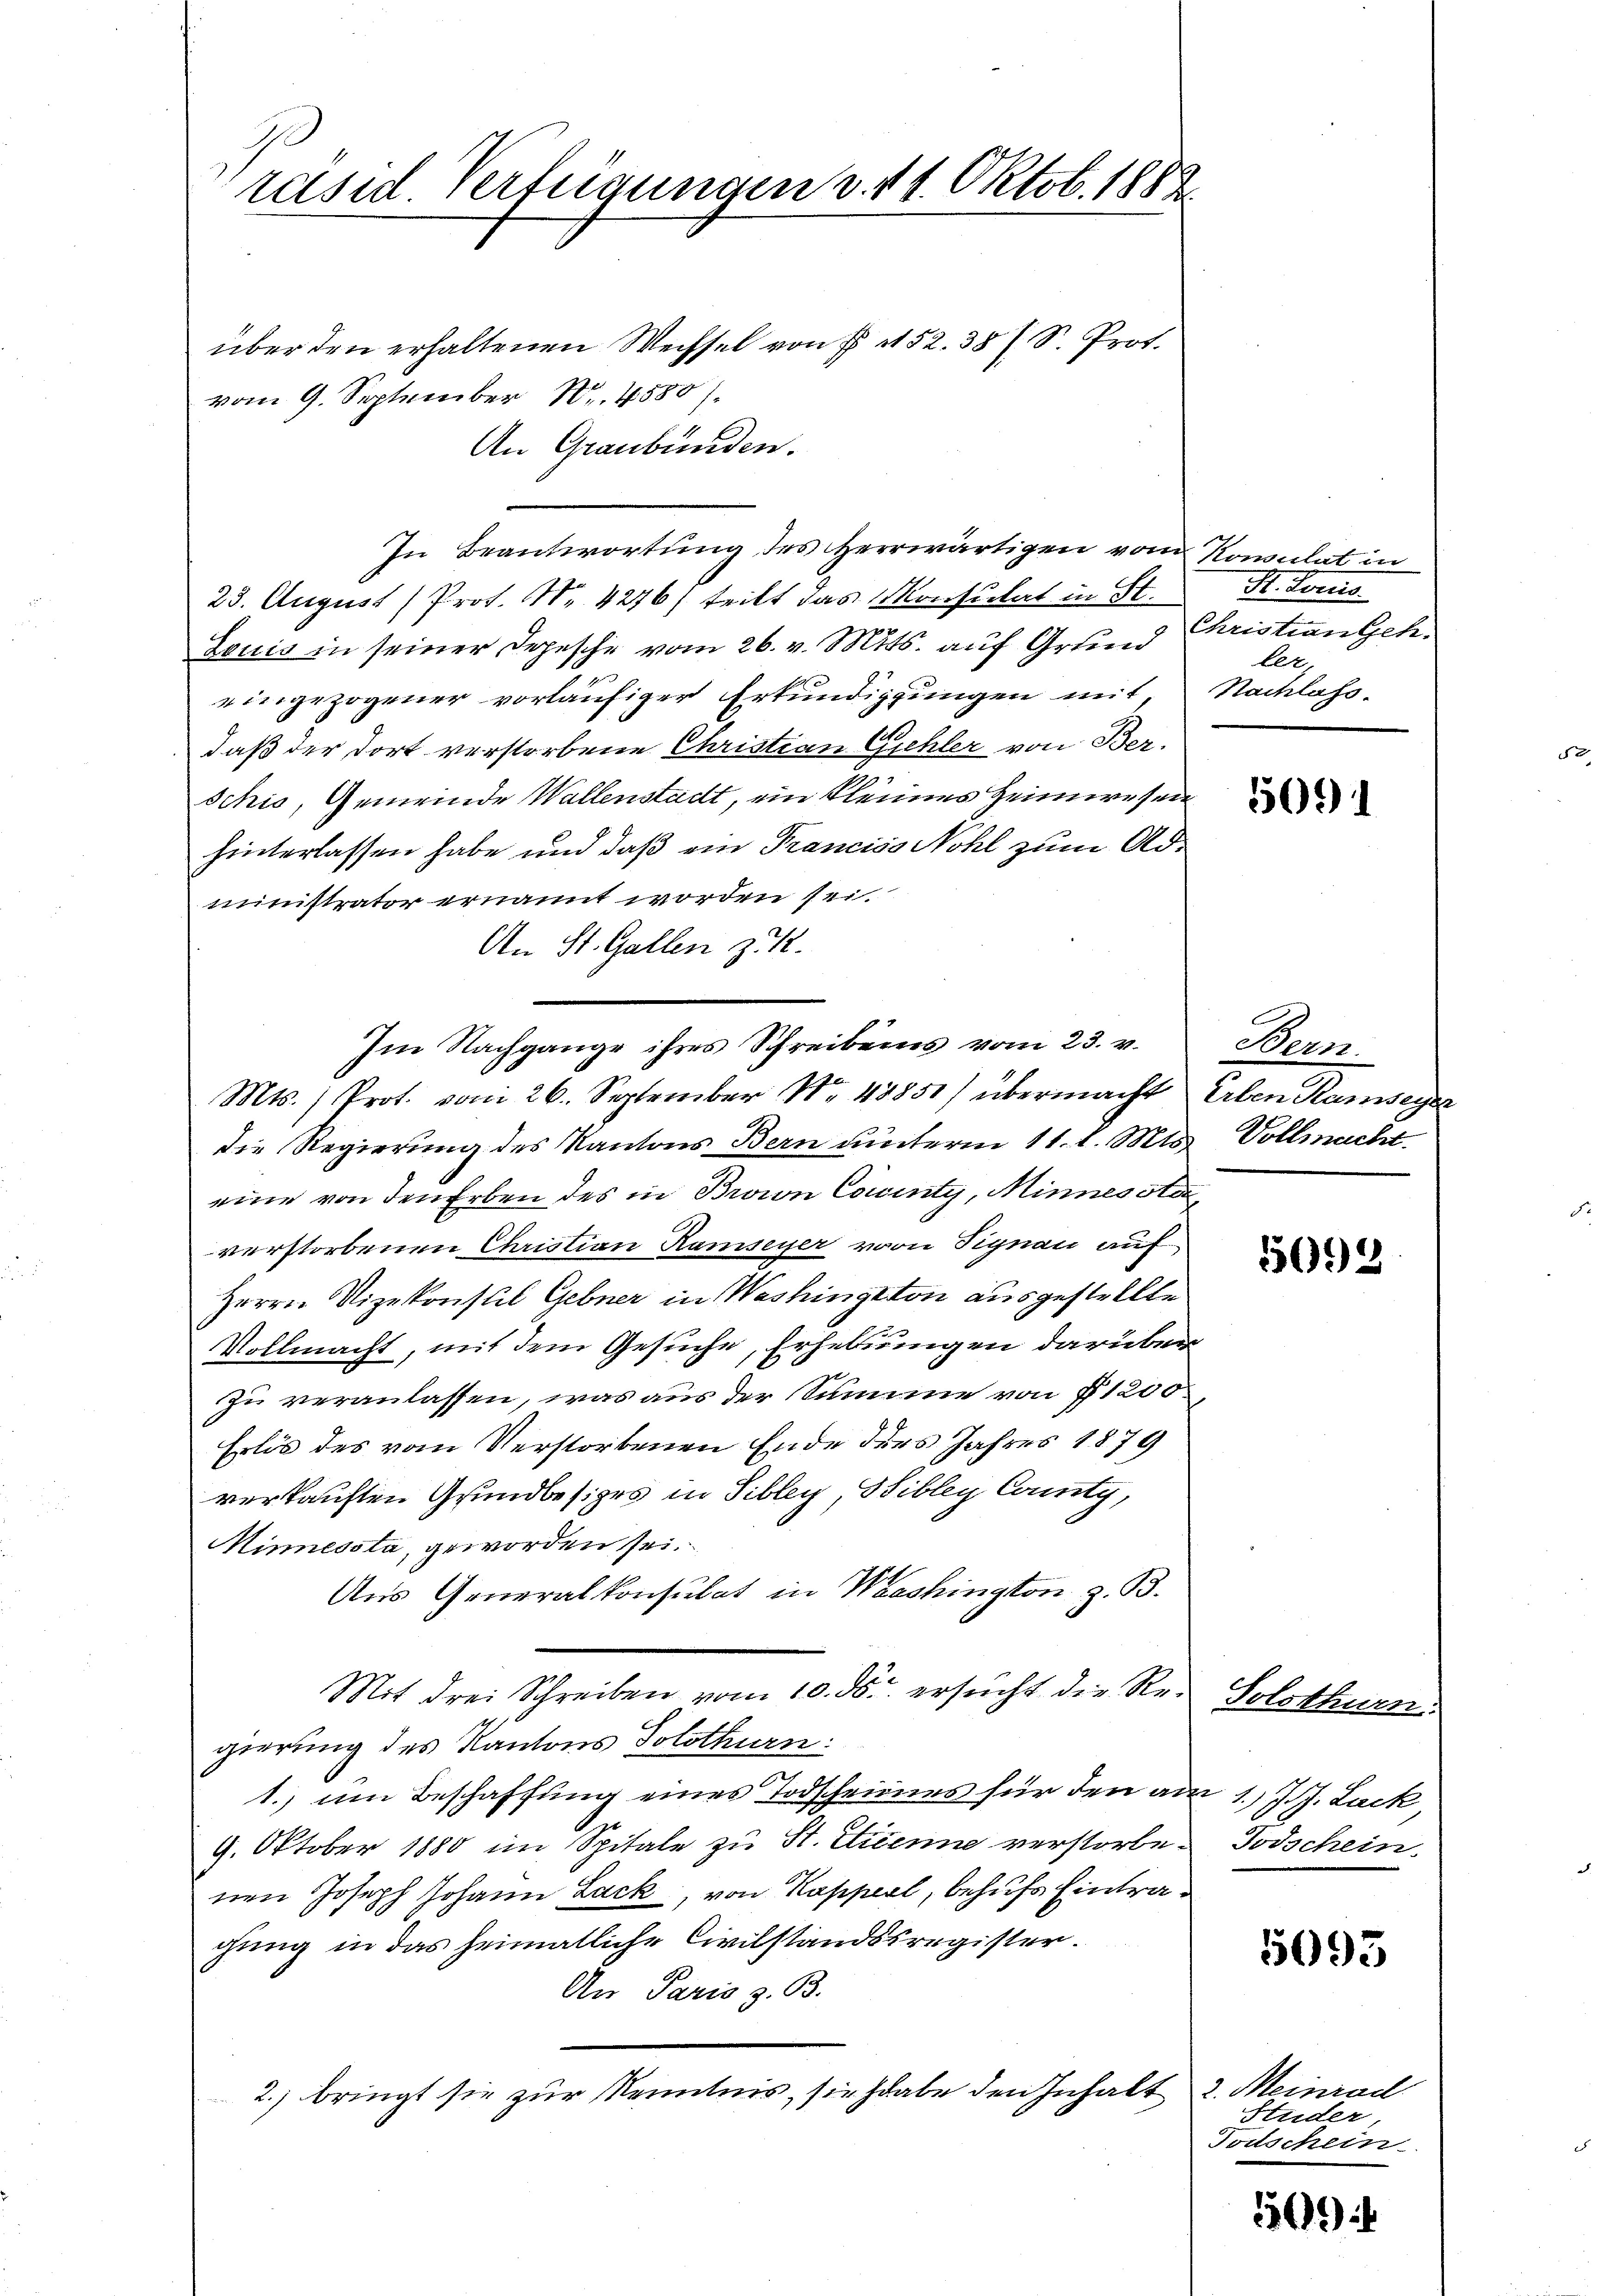
rasil. Verfügungen v. 14. Oktob. 1883.

über den erhaltenen Wechsel von P. 152. 387 S. Prot.
vom 9. September Nr. 4580).
An Graubünden.
23. August Prot. Nr. 4276) teilt das Konsulat in St.
Louis in seiner Depesche vom 26. v. Mts. auf Grund Christian Geh
eingezogener vorläufiger Erkundigungen mit, Nachlass-
daß der dort verstorbene Christian Gehler von Ber-
schio, Gemeinde Wallenstadt, ein kleines Heimwesen
hinterlassen habe und daß ein Franciso Nohl zum Administrator ernannt worden sei.
An St. Gallen z.
Mts. ) Prot. vom 26. September Nr 48851) übermacht Erben Ramseger
die Regierung des Kantons Bern unterm 11. l. Mts.
eine von den Erben des in Braion County, Minnesstaverstorbenen Christian Ramseyer von Signau auf
Herrn Vizekonstil Gebner in Washington ausgestellte
Vollmacht, mit dem Gesuche, Erhebungen darüber
zu veranlassen, was aus der Summe von § 1200
Erlös des vom Verstorbenen Ende ders Jahres 1879
verkauften Grundbesizes in Sibley, Sibley County,
Minnessta, geworden sei.
Aus Generalkonsulat in Washington z. B.
Mit drei Schreiben vom 10. ds. ersucht die Regierung des Kantons Solothurn.
1.) um Beschaffung eines Todscheines für den am 1.) J. J. Lack,
9. Oktober 1880 im Spitale zu St. Etienne verstorbenen Joseph Johann Lack, von Kapperl, behufs Eintragung in das heimatliche Civilstandssregister.
An Paris z. B.
2.) bringt sie zur Kenntnis, sie habe den Inhalt 2. Meinrad

Im Nachgange ihres Schreibens vom 23. v.

In Beantwortung des Herrwärtigen vom Konsulat in

R. Jerus
ler

5091

Bern.
Vollmacht.

5698

Solothurn
Todschein.

5093

Studer
Todschein

i